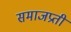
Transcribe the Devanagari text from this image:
समाजप्रती